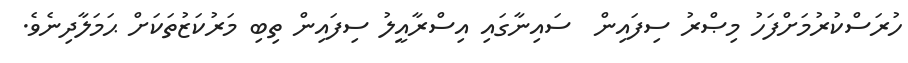
ހުރަސްކުރުމަށްފަހު މިޞްރު ސިފައިން  ސައިނާގައި އިސްރާއީލު ސިފައިން ތިބި މަރުކަޒުތަކަށް ޙަމަލާދިނެވެ.